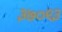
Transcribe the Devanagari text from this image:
३७०९३